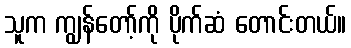
သူက ကျွန်တော့်ကို ပိုက်ဆံ တောင်းတယ်။